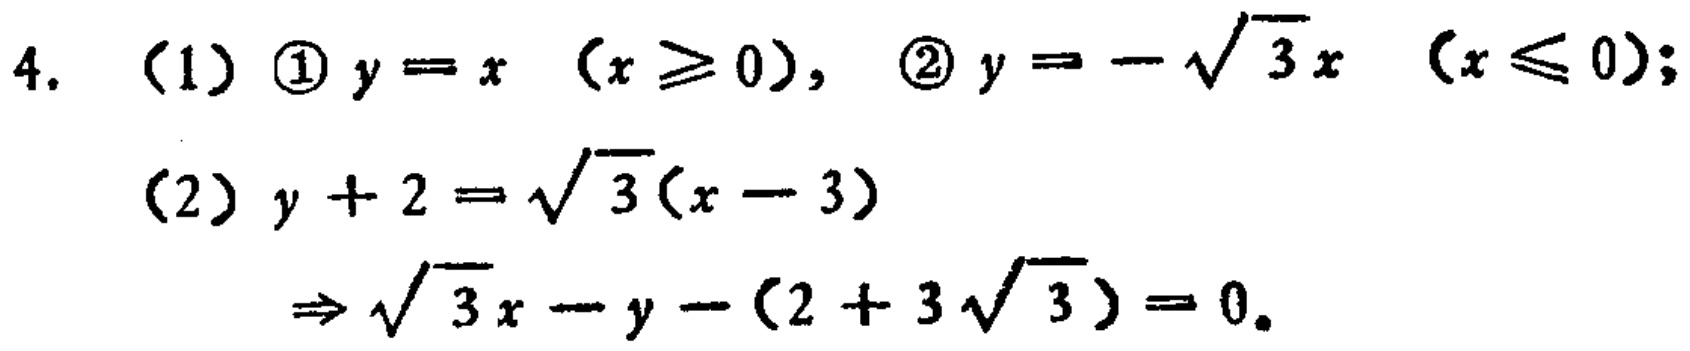
4. (1) \textcircled{1} \(y = x\ (x\geq0)\), \textcircled{2} \(y = -\sqrt{3}x\ (x\leq0)\);
(2) \(y + 2=\sqrt{3}(x - 3)\)
\(\Rightarrow\sqrt{3}x - y-(2 + 3\sqrt{3}) = 0\)